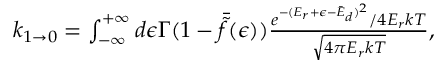
\begin{array} { r } { k _ { 1 \rightarrow 0 } = \int _ { - \infty } ^ { + \infty } d \epsilon \Gamma ( 1 - \bar { \tilde { f } } ( \epsilon ) ) \frac { e ^ { - ( E _ { r } + \epsilon - \bar { E } _ { d } ) ^ { 2 } } / 4 E _ { r } k T } { \sqrt { 4 \pi E _ { r } k T } } , } \end{array}